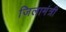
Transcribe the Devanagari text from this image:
जिलामंत्री